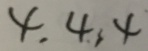
4 , 4 , 4